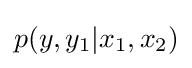
p(y,y_{1}|x_{1},x_{2})